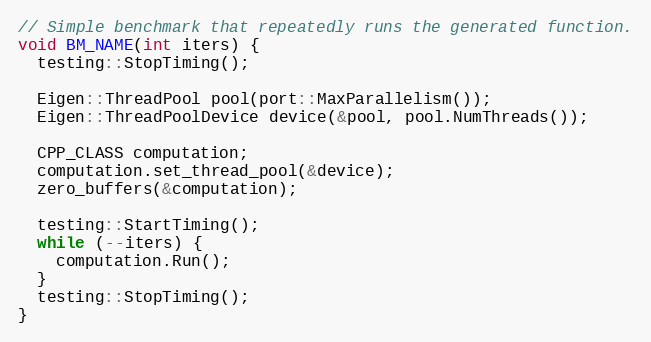
Language: C++
// Simple benchmark that repeatedly runs the generated function.
void BM_NAME(int iters) {
  testing::StopTiming();

  Eigen::ThreadPool pool(port::MaxParallelism());
  Eigen::ThreadPoolDevice device(&pool, pool.NumThreads());

  CPP_CLASS computation;
  computation.set_thread_pool(&device);
  zero_buffers(&computation);

  testing::StartTiming();
  while (--iters) {
    computation.Run();
  }
  testing::StopTiming();
}